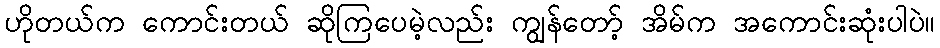
ဟိုတယ်က ကောင်းတယ် ဆိုကြပေမဲ့လည်း ကျွန်တော့် အိမ်က အကောင်းဆုံးပါပဲ။